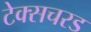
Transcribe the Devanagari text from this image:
टेक्सचरड